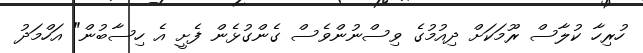
ހުރިހާ ކުލާސް ރޫމަކަށް ދިއުމުގެ ވިސްނުންވެސް ގެންގުޅެން ފެށީ އެ ހިސާބުން" އަހްމަދު